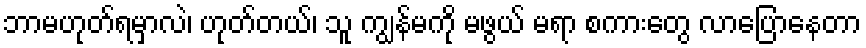
ဘာမဟုတ်ရမှာလဲ၊ ဟုတ်တယ်၊ သူ ကျွန်မကို မဖွယ် မရာ စကားတွေ လာပြောနေတာ